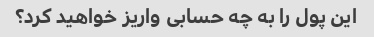
این پول را به چه حسابی واریز خواهید کرد؟